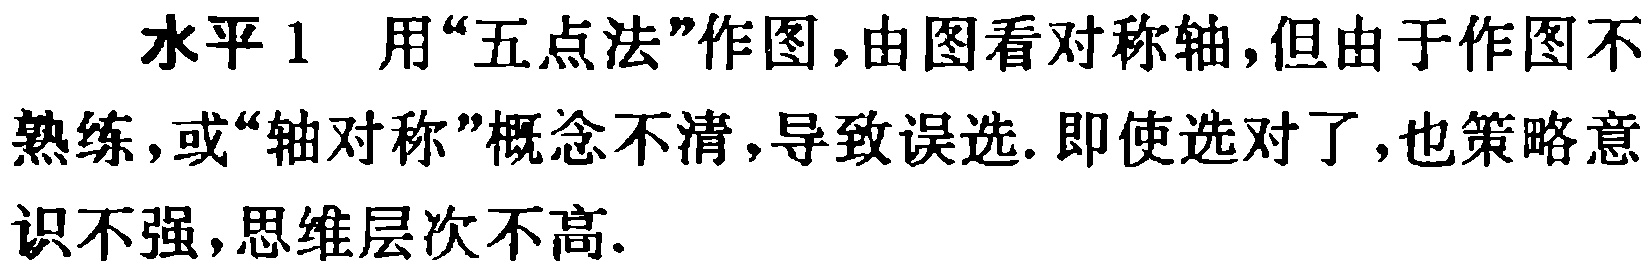
水平 1 用“五点法”作图,由图看对称轴,但由于作图不熟练,或“轴对称”概念不清,导致误选.即使选对了,也策略意识不强,思维层次不高.